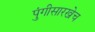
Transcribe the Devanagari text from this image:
पुंगीसारखेच